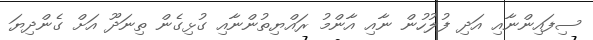
ސިފައިންނާއި އަދި ފުލުހުން ނާއި އާންމު ރައްޔިތުންނާއި ގުޅިގެން ތިނަދޫ އަށް ގެންދިޔަ